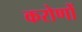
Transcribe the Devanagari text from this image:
करोणों